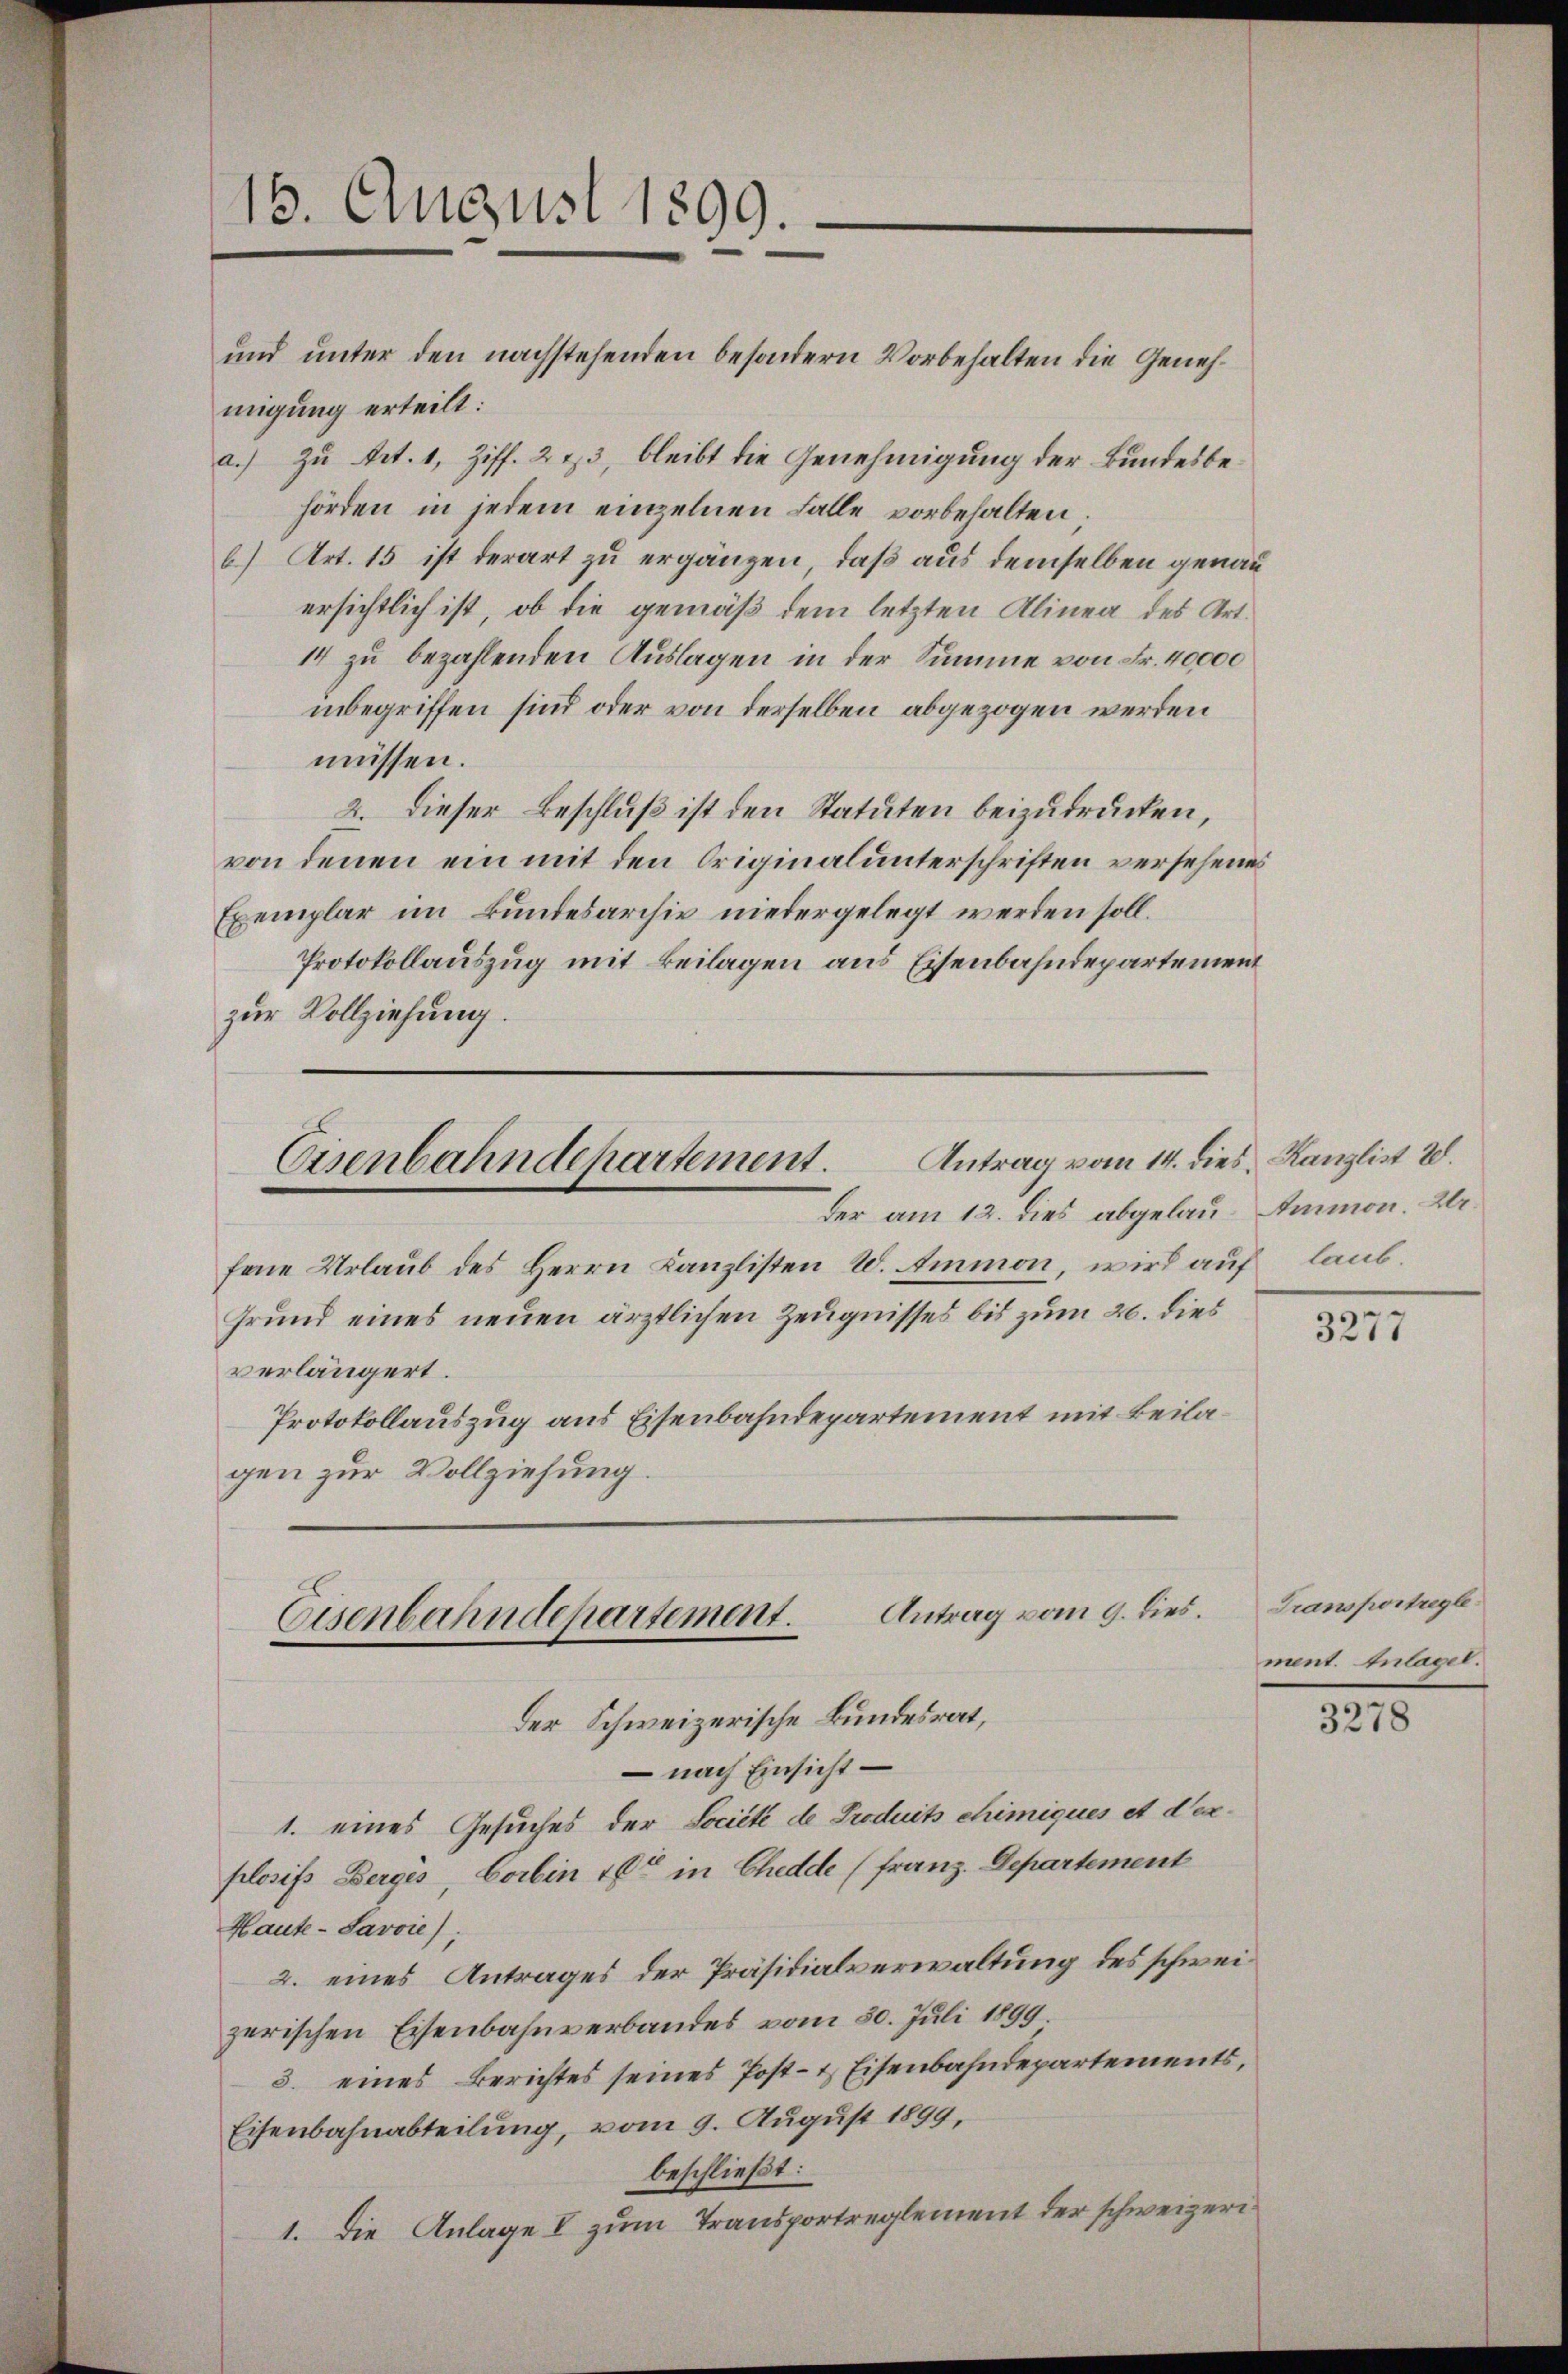
13. August 1899.

und unter den nachstehenden besondern Vorbehalten die Geneh¬

migung erteilt:
a.) Zu Art. 1, Ziff. 213, bleibt die Genehmigung der Bundesbehörden in jedem einzelnen Falle vorbehalten.
b) Art. 15 ist derart zu ergänzen, daß aus demselben genau
ersichtlich ist, ob die gemäß dem letzten Alinea des Art.
14 zu bezahlenden Auslagen in der Summe von Fr. 40000
inbegriffen sind oder von derselben abgezogen werden
müssen.
2. Dieser Beschluß ist den Statuten beizudrücken,
von denen ein mit den Originalunterschriften versehenes
Exemplar im Bundesarchiv niedergelegt werden soll.
Protokollauszug mit Beilagen aus Eisenbahndepartement
zur Vollziehung.

Antrag vom 14. dies Kanzlist 28.
Eisenbahndepartement.

Antrag vom 9. dies. Transportregle
Eisenbahndepartement.
Der Schweizerische Bundesrat,

der am 12. dies abgelau-Ammon. Dr
fene Urlaŭb des Herrn Kanzlisten W. Ammon, wird auf laub¬
Grund eines neuen ärztlichen Zeugnisses bis zum 20. dies
verlängert.
Protokollauszug aus Eisenbahndepartement mit Beilagen zur Vollziehung.

nach Einsicht –
1. eines Gesuches der Societé de Produits chimiqués et Verplosifs Berges, Vorben 160 in Chedde (franz. Departement
Haute-Savoie);
2. eines Antrages der Präsidialverwaltung des schweizerischen Eisenbahnverbandes vom 30. Juli 1899.
3. eines Berichtes seines Post- & Eisenbahndepartements,
Eisenbahnabteilung, vom 9. August 1899,
beschließt:
1. Die Anlage I zum Transportreglement der schweizeri

3277

ment. Anlagel.

3278